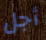
أجل